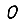
Digit: 0